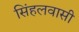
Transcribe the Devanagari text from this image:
सिंहलवासी